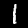
Digit: 1